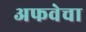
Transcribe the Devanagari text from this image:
अफवेचा